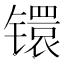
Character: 镮